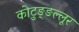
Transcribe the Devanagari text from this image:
कोटुङ्ङल्लूर